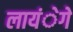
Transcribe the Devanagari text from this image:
लायंेगे